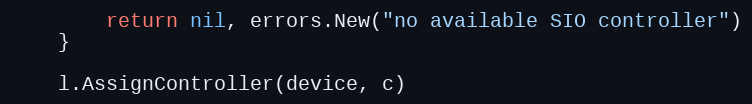
Language: Go
		return nil, errors.New("no available SIO controller")
	}

	l.AssignController(device, c)